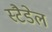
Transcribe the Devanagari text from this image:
स्टैडेल